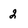
Character: 2